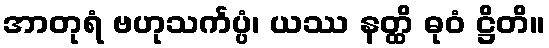
အာတုရံ ဗဟုသင်္ကပ္ပံ၊ ယဿ နတ္ထိ ဓုဝံ ဋ္ဌိတိ။